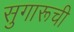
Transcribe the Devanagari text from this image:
सुगारूची